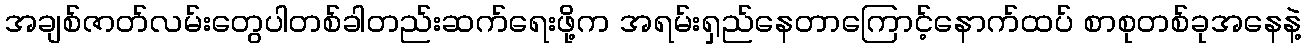
အချစ်ဇာတ်လမ်းတွေပါတစ်ခါတည်းဆက်ရေးဖို့က အရမ်းရှည်နေတာကြောင့်နောက်ထပ် စာစုတစ်ခုအနေနဲ့